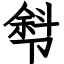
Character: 厁